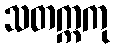
သတက္ကကု